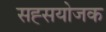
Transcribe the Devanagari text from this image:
सह्सयोजक